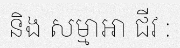
និង សម្មាឤ ជីវ :